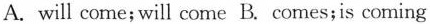
A. will come; will come B. comes;is coming